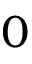
0